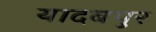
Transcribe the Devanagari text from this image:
यादबपुर